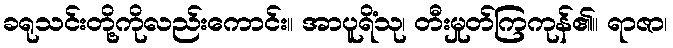
ခရုသင်းတို့ကိုလည်းကောင်း။ အာပူရိံသု၊ တီးမှုတ်ကြကုန်၏။ ရာဇာ၊